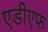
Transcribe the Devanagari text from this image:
एडीएफ